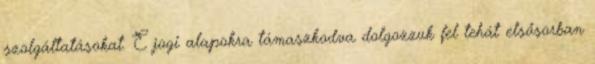
szolgáltatásokat. E jogi alapokra támaszkodva dolgozzuk fel tehát elsősorban